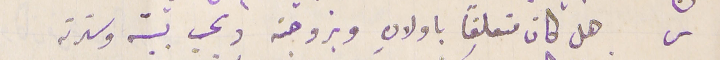
س  هل كان متعلقا باولادهِ وبزوجته ويحب بيته وسترته